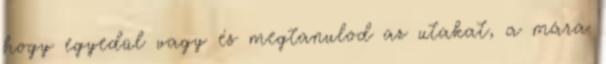
hogy egyedül vagy és megtanulod az utakat, a mára